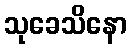
သုခေသိနော